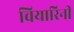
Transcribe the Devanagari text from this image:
चियारिनी